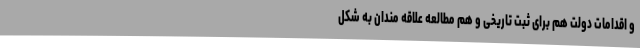
و اقدامات دولت هم برای ثبت تاریخی و هم مطالعه علاقه مندان به شکل